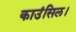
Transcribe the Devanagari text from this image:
काउंसिल।